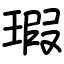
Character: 瑕